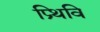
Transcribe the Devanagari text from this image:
प्र्थिवि